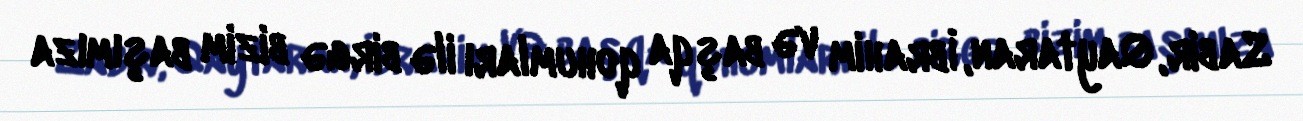
Sabir, Qaytaran, İbrahim və başqa qohumları ilə birgə bizim başımıza